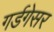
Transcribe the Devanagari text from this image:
गर्डगेसर